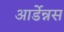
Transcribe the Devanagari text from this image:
आर्डेन्नस